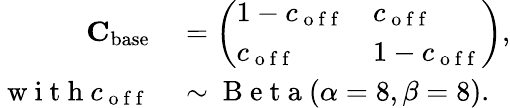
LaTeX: \begin{array}{rl}{\mathbf{C}_{\mathrm{base}}}&{{}=\left(\begin{array}{ll}{1-c_{\mathrm{~o~f~f~}}}&{c_{\mathrm{~o~f~f~}}}\\ {c_{\mathrm{~o~f~f~}}}&{1-c_{\mathrm{~o~f~f~}}}\end{array}\right),}\\ {\mathrm{~w~i~t~h~}c_{\mathrm{~o~f~f~}}}&{{}\sim\mathrm{~B~e~t~a~}(\alpha=8,\beta=8).}\end{array}